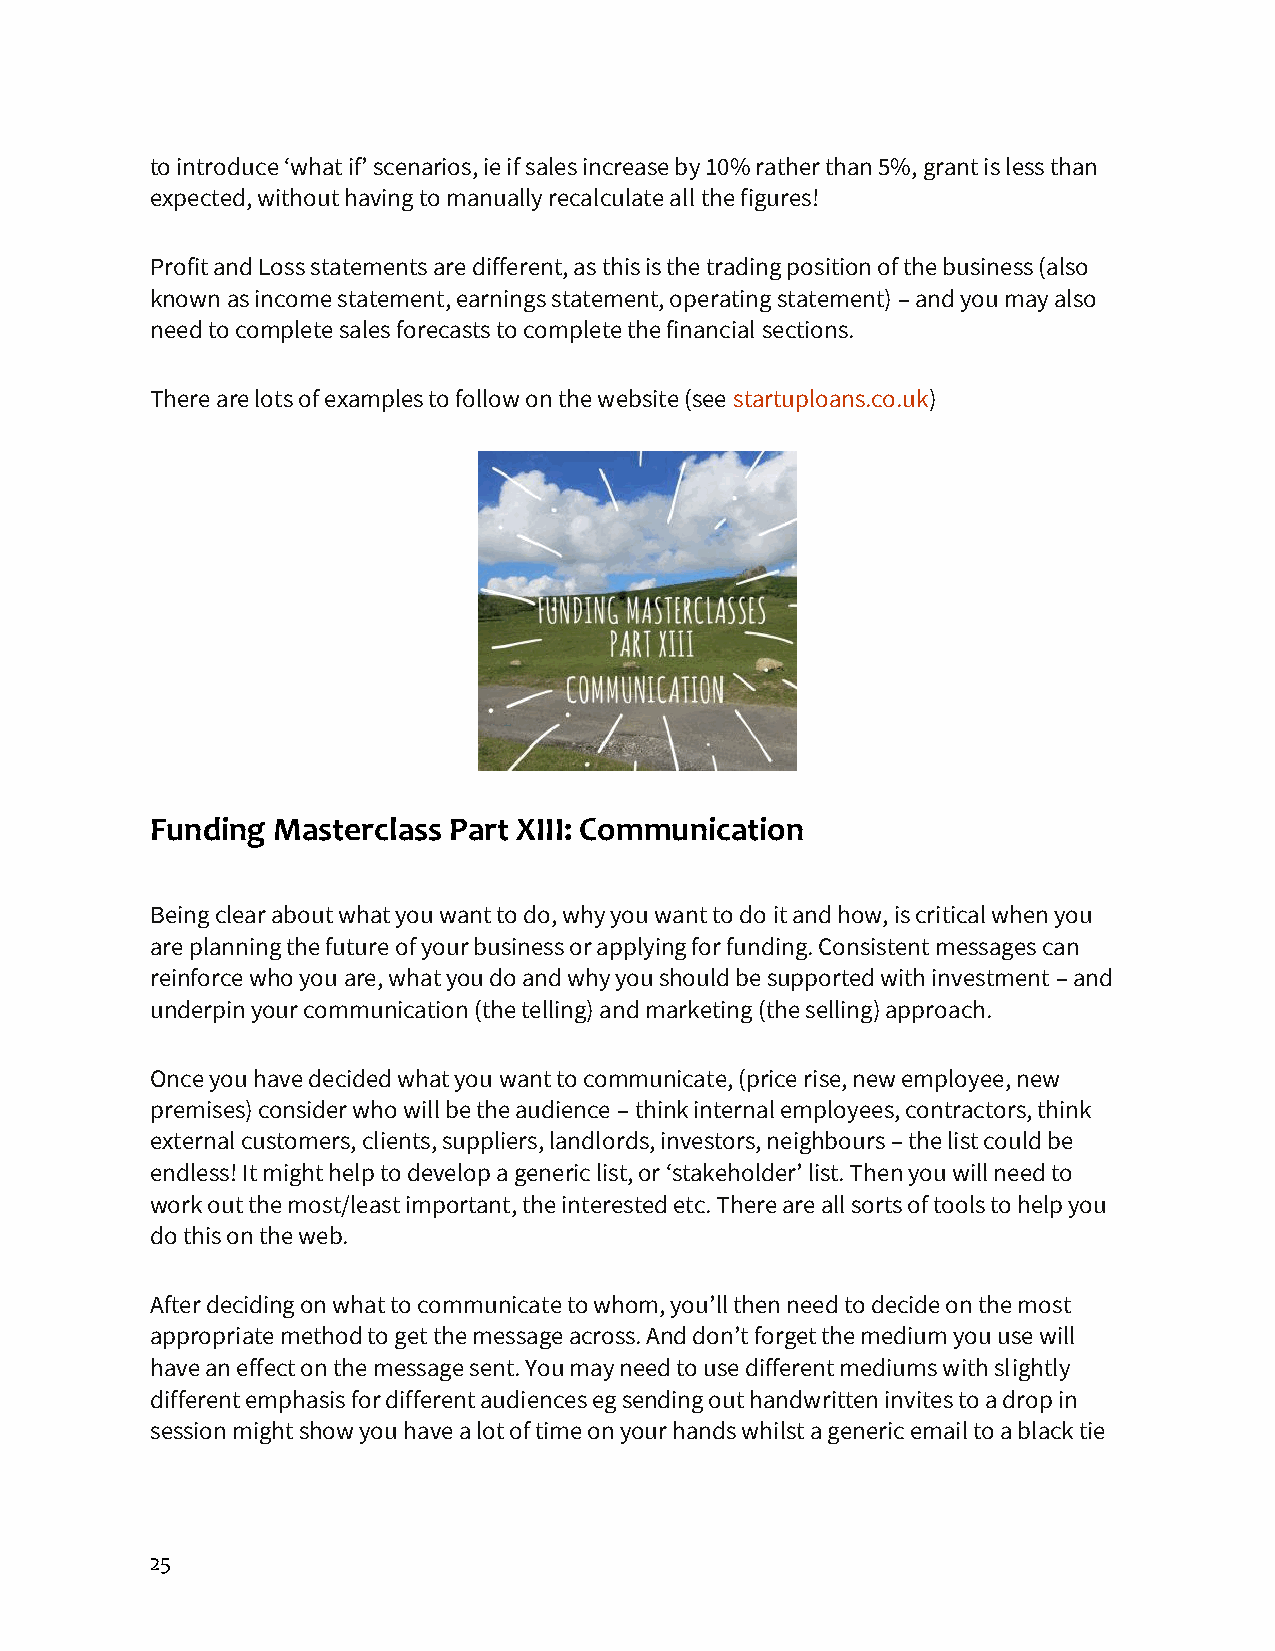
to introduce ‘what if’ scenarios, ie if sales increase by 10% rather than 5%, grant is less than
 expected, without having to manually recalculate all the figures!
 Profit and Loss statements are different, as this is the trading position of the business (also
 known as income statement, earnings statement, operating statement) – and you may also
 need to complete sales forecasts to complete the financial sections.
 There are lots of examples to follow on the website (see startuploans.co.uk)
 Funding Masterclass Part XIII: Communication
 Being clear about what you want to do, why you want to do it and how, is critical when you
 are planning the future of your business or applying for funding. Consistent messages can
 reinforce who you are, what you do and why you should be supported with investment – and
 underpin your communication (the telling) and marketing (the selling) approach.
 Once you have decided what you want to communicate, (price rise, new employee, new
 premises) consider who will be the audience – think internal employees, contractors, think
 external customers, clients, suppliers, landlords, investors, neighbours – the list could be
 endless! It might help to develop a generic list, or ‘stakeholder’ list. Then you will need to
 work out the most/least important, the interested etc. There are all sorts of tools to help you
 do this on the web.
 After deciding on what to communicate to whom, you’ll then need to decide on the most
 appropriate method to get the message across. And don’t forget the medium you use will
 have an effect on the message sent. You may need to use different mediums with slightly
 different emphasis for different audiences eg sending out handwritten invites to a drop in
 session might show you have a lot of time on your hands whilst a generic email to a black tie
 25